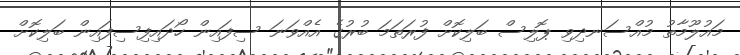
މައުލޫމާތު މުއްސަނދިވި ޕޮލިސް ބަލިކޮށް ފުރަތަމަ ބުރުގެ އެއްވަނަ ސިފައިން ހޯދައިފިސިފައިން ބަލިކޮށް